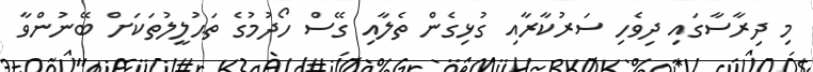
މި ދިރާސާގައި ދިވެހި ސަރުކާރާއި ގުޅިގެން ތެލާއި ގޭސް ހޯދުމުގެ ތަޙުލީލުތަކަށް ބޭނުންވާ